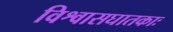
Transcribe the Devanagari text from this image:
विश्वासघातकाः